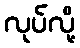
လုပ်လို့